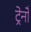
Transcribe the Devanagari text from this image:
ट्रेनोँ